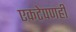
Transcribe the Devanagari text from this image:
एकटेपणही